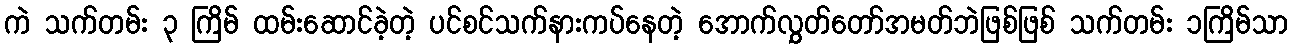
ကဲ သက်တမ်း ၃ ကြိမ် ထမ်းဆောင်ခဲ့တဲ့ ပင်စင်သက်နားကပ်နေတဲ့ အောက်လွှတ်တော်အမတ်ဘဲဖြစ်ဖြစ် သက်တမ်း ၁ကြိမ်သာ